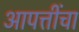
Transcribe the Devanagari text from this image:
आपत्तींचा